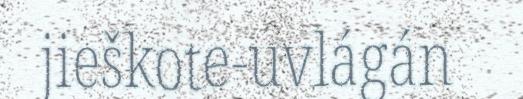
jieškote-uvlágán